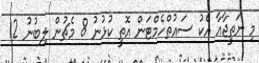
މި ނަތީޖާއާ އެކު ސައުތްހެމްޓަން އޮތީ ކުޅުނު 8 މެޗުން ލިބުނު 12